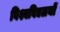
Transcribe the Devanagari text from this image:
विश्वविद्यलयों